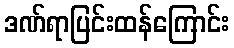
ဒဏ်ရာပြင်းထန်ကြောင်း